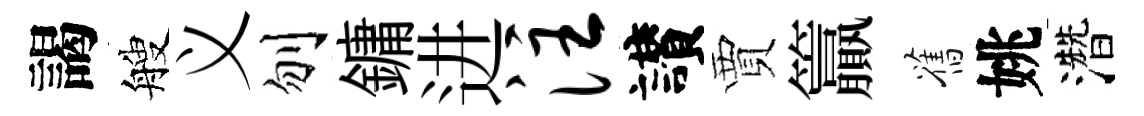
謁艘义刎鏞进注讃賈籯舊姚濳